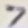
Text: 7